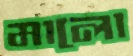
মালো